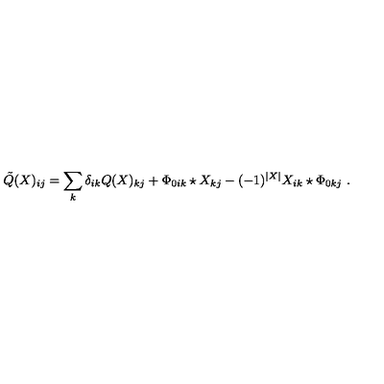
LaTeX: \tilde { Q } ( X ) _ { i j } = \sum _ { k } \delta _ { i k } Q ( X ) _ { k j } + \Phi _ { 0 i k } \star X _ { k j } - ( - 1 ) ^ { | X | } X _ { i k } \star \Phi _ { 0 k j } \ .